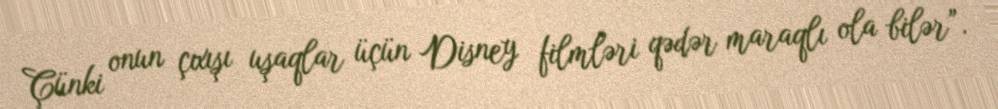
Çünki onun çıxışı uşaqlar üçün Disney filmləri qədər maraqlı ola bilər”.